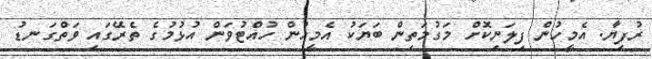
ރުފިޔާ. އެމީހުން ފިލަނިކޮށް މަގުމަތިން ބަޔަކު އެމީހުން ހުއްޓުވަން އުޅުމުގެ ތެރޭގައި ވަތްގަނޑު